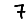
Digit: 7